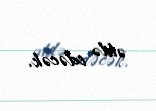
əldə edəcək.